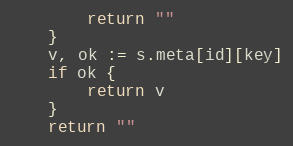
Language: Go
		return ""
	}
	v, ok := s.meta[id][key]
	if ok {
		return v
	}
	return ""